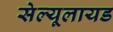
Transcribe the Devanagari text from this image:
सेल्यूलायड